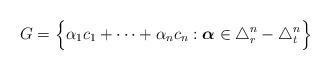
LaTeX: \begin{align*} G = \Big\{ \alpha_1 c_1 + \cdots + \alpha_n c_n : \boldsymbol{\alpha} \in \triangle^n_{r} - \triangle^n_{t} \Big\}\end{align*}